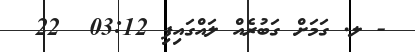
- ލ. ގަމަށް ގަބުރެއް ލައްގައިފި 03:12  22